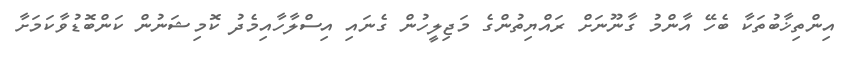
އިންތިޚާބުތަކާ ބެހޭ އާންމު ގާނޫނަށް ރައްޔިތުންގެ މަޖިލީހުން ގެނައި އިސްލާހާއިމެދު ކޮމިޝަނުން ކަންބޮޑުވާކަމަށާ